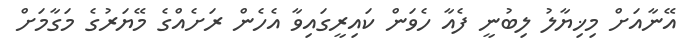
އޭނާއަށް މިޚިޔާލު ލިބުނީ ފެއާ ހެވަން ކައިރީގައިވާ އެހެން ރަށެއްގެ މޭޔަރުގެ މަގާމަށް